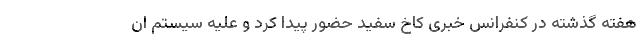
هفته گذشته در کنفرانس خبری کاخ سفید حضور پیدا کرد و علیه سیستم ان